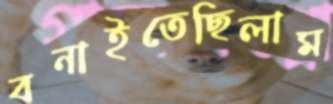
বনাইতেছিলাম